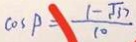
\cos P = \frac { ( 1 - \sqrt { 3 7 } ) } { 1 0 }